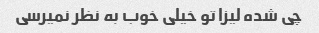
چی شده لیزا تو خیلی خوب به نظر نمیرسی